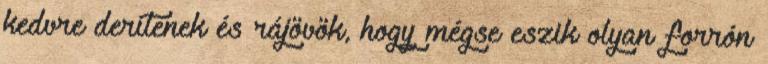
kedvre derítenek és rájövök, hogy mégse eszik olyan forrón